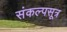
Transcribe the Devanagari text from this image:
संकल्पसूत्र